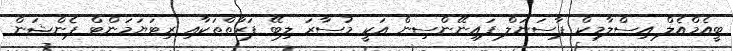
ބީއެމްއެލް އިސްލާމިކް ޕާސަނަލް ފައިނޭންސިން އަކީ މުސާރަ ލިބޭ ފަރާތްތަކާއި ރިޓަޔަމަންޓް ޕެންޝަން